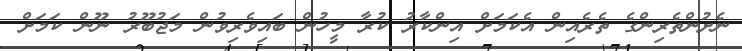
ނެށުންތެރިންގެ ތެރެއިން އެކަމަށް އިންކާރު ކުރާ މީހުން ބައިވެރިވުން މަޖުބޫރު ނޫން ކަމަށް